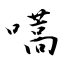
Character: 嚆